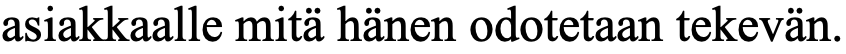
asiakkaalle mitä hänen odotetaan tekevän.